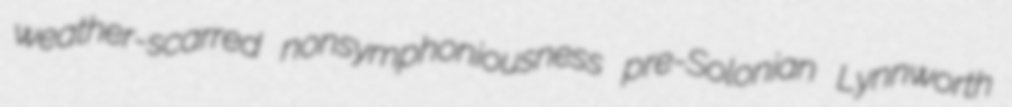
weather-scarred nonsymphoniousness pre-Solonian Lynnworth